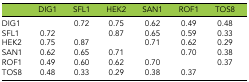
|  | DIG1 | SFL1 | HEK2 | SAN1 | ROF1 | TOS8 |
 | --- | --- | --- | --- | --- | --- | --- |
 | DIG1 |  | 0.72 | 0.75 | 0.62 | 0.49 | 0.48 |
 | SFL1 | 0.72 |  | 0.87 | 0.65 | 0.59 | 0.33 |
 | HEK2 | 0.75 | 0.87 |  | 0.71 | 0.62 | 0.29 |
 | SAN1 | 0.62 | 0.65 | 0.71 |  | 0.70 | 0.38 |
 | ROF1 | 0.49 | 0.60 | 0.62 | 0.70 |  | 0.37 |
 | TOS8 | 0.48 | 0.33 | 0.29 | 0.38 | 0.37 |  |